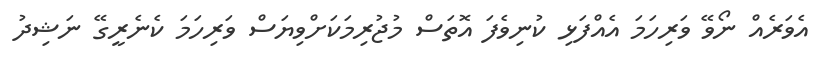
އެވަރެއް ނޯވޭ ވަރިހަމަ އެއްފަޅި ކުނިވެފަ އޮތަސް މުޖުރިމަކަށްވިޔަސް ވަރިހަމަ ކެނެރީގޭ ނަޝިދު